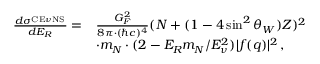
\begin{array} { r l } { \frac { d \sigma ^ { _ { \mathrm { C E } \nu \mathrm { N S } } } } { d E _ { R } } = } & { \frac { G _ { F } ^ { 2 } } { 8 \pi \cdot ( \hbar c ) ^ { 4 } } ( N + ( 1 - 4 \sin ^ { 2 } \theta _ { W } ) Z ) ^ { 2 } } \\ & { \cdot m _ { N } \cdot ( 2 - E _ { R } m _ { N } / E _ { \nu } ^ { 2 } ) | f ( q ) | ^ { 2 } \, , } \end{array}